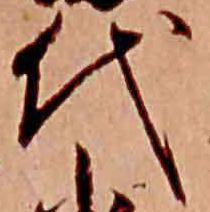
代